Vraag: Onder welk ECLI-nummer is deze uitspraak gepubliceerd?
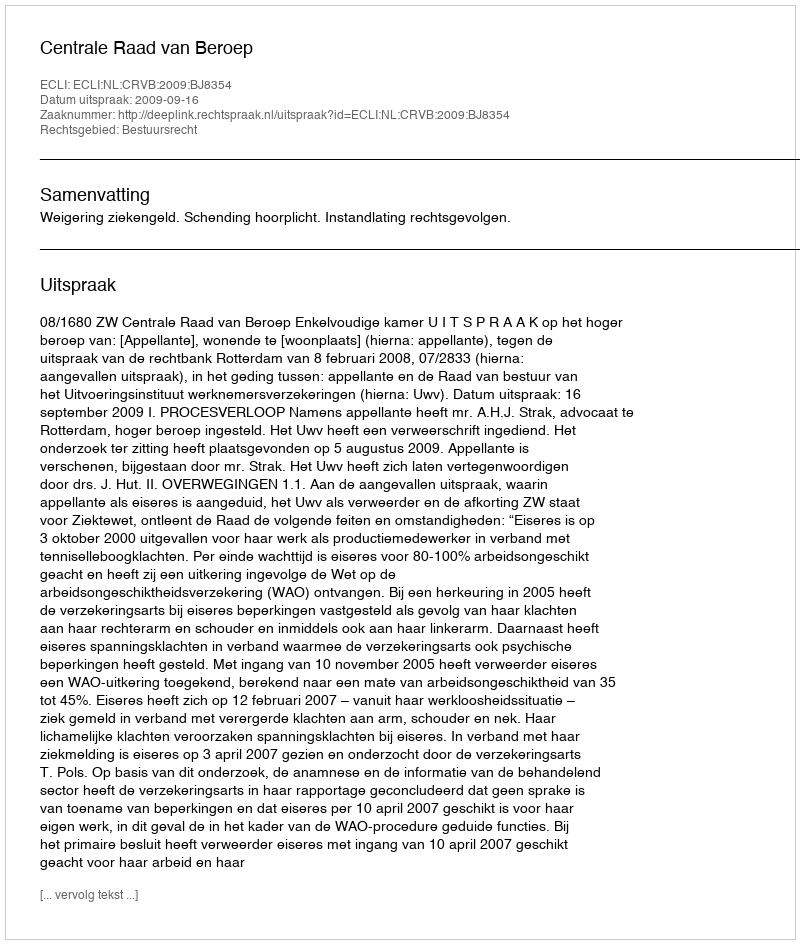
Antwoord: ECLI:NL:CRVB:2009:BJ8354